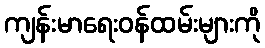
ကျန်းမာရေးဝန်ထမ်းများကို